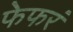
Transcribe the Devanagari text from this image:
फेफरं